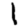
Digit: 1